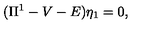
( { \Pi } ^ { 1 } - V - E ) { \eta } _ { 1 } = 0 ,